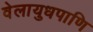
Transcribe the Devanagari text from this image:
वेलायुधपाणि